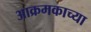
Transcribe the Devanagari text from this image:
आक्रमकाच्या